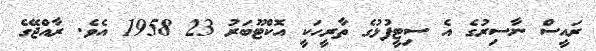
ރައީސް ނާސިރުގެ އެ ސިޓީފުޅުގެ ތާރީހަކީ އޮކްޓޫބަރު 23 1958 އެވެ. ރާއްޖޭގެ